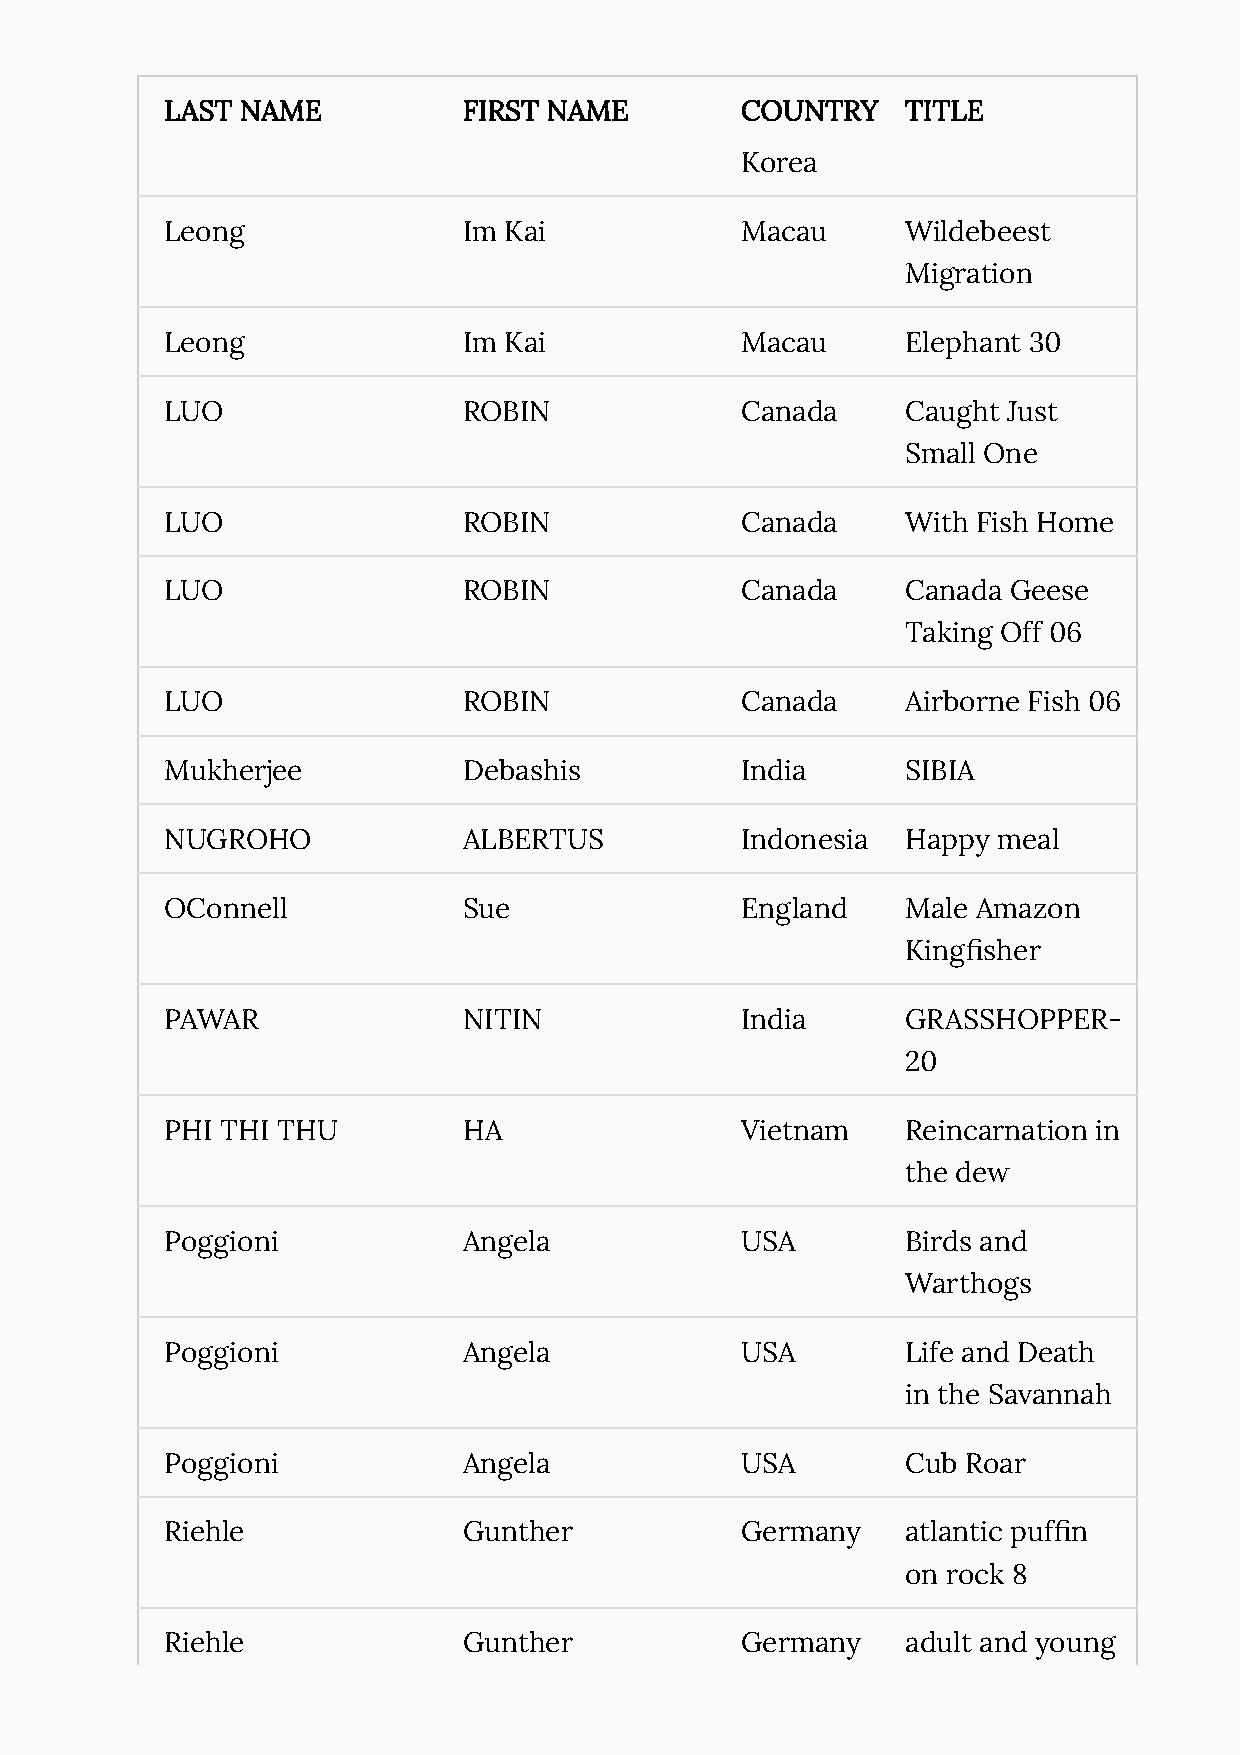
LAST NAME           FIRST NAME        COUNTRY    TITLE
 Korea
 Leong               Im Kai            Macau      Wildebeest
 Migration
 Leong               Im Kai            Macau      Elephant 30
 LUO                 ROBIN             Canada     Caught Just
 Small One
 LUO                 ROBIN             Canada     With Fish Home
 LUO                 ROBIN             Canada     Canada Geese
 Taking Off 06
 LUO                 ROBIN             Canada     Airborne Fish 06
 Mukherjee           Debashis          India      SIBIA
 NUGROHO             ALBERTUS          Indonesia  Happy meal
 OConnell            Sue               England    Male Amazon
 King몭sher
 PAWAR               NITIN             India      GRASSHOPPER-
 20
 PHI THI THU         HA                Vietnam    Reincarnation in
 the dew
 Poggioni            Angela            USA        Birds and
 Warthogs
 Poggioni            Angela            USA        Life and Death
 in the Savannah
 Poggioni            Angela            USA        Cub Roar
 Riehle              Gunther           Germany    atlantic puf몭n
 on rock 8
 Riehle              Gunther           Germany    adult and young